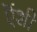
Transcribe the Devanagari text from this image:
ऎंशी